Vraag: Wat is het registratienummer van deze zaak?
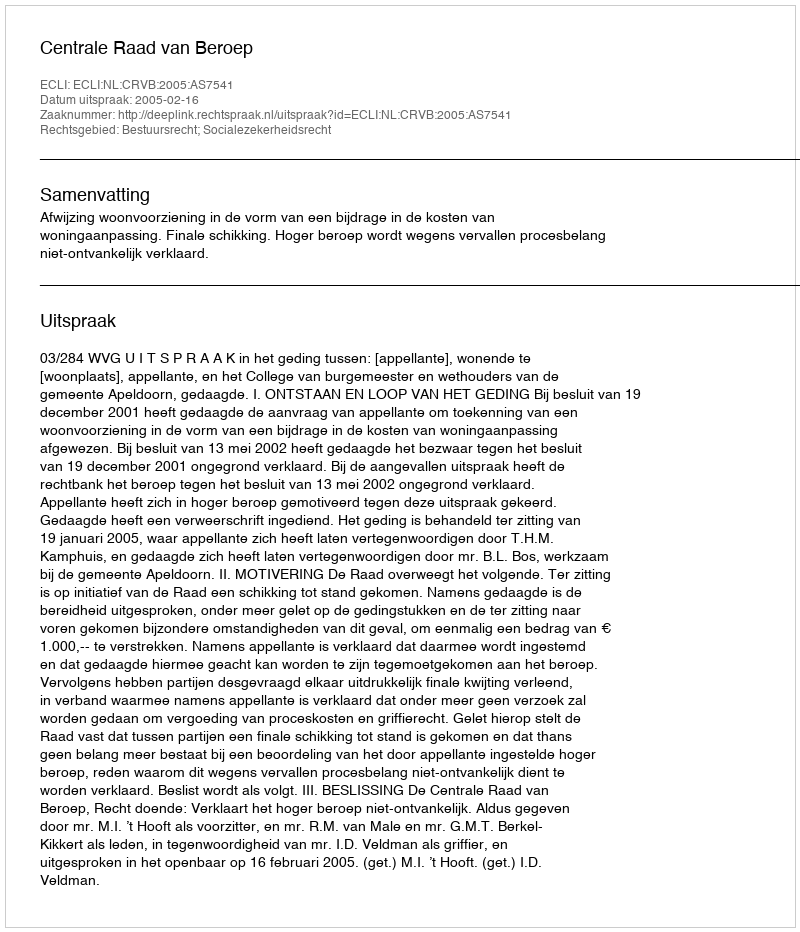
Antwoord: http://deeplink.rechtspraak.nl/uitspraak?id=ECLI:NL:CRVB:2005:AS7541